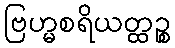
ဗြဟ္မစရိယတ္ထဉ္စ